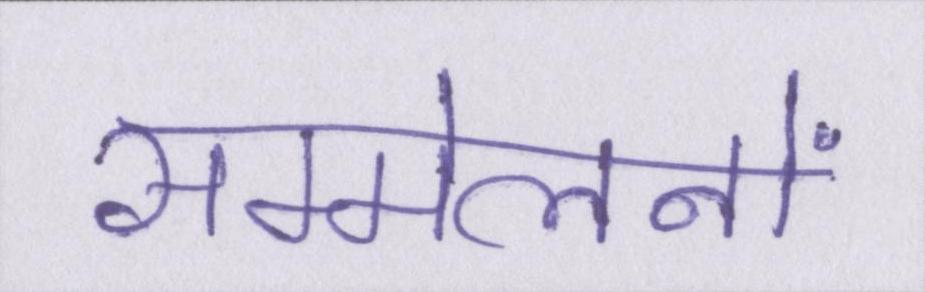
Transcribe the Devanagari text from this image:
सम्मेलनों